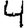
Digit: 4